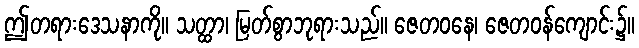
ဤတရားဒေသနာကို။ သတ္ထာ၊ မြတ်စွာဘုရားသည်။ ဇေတဝနေ၊ ဇေတဝန်ကျောင်း၌။